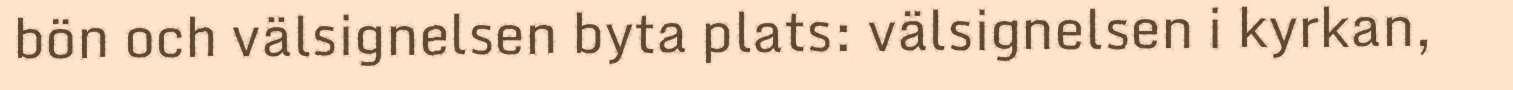
bön och välsignelsen byta plats: välsignelsen i kyrkan,